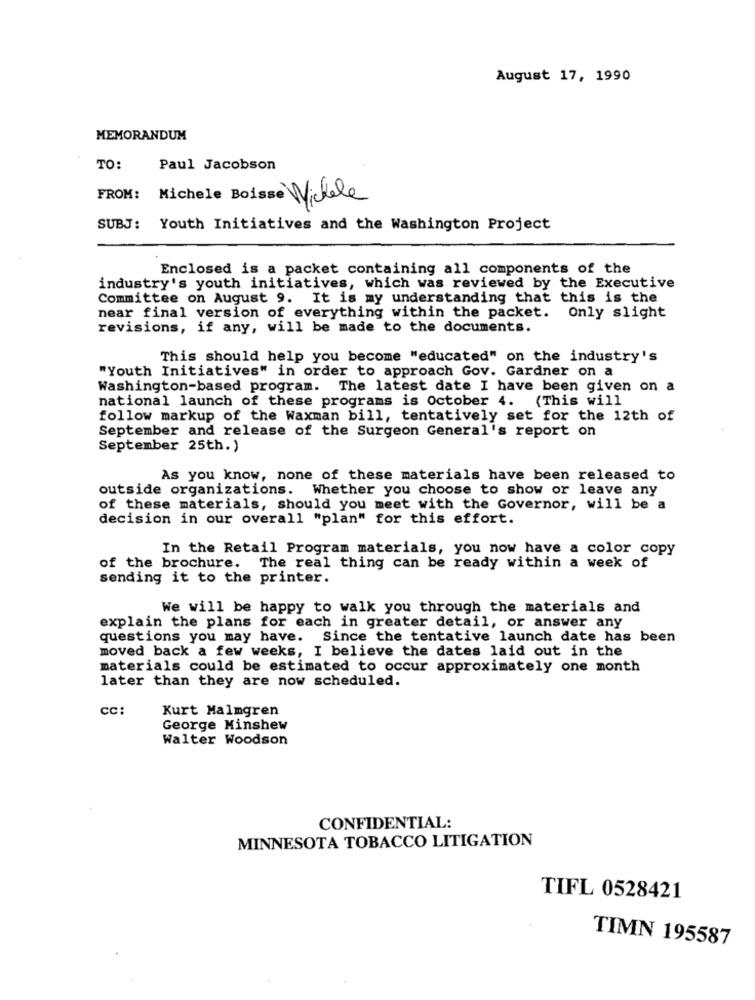
August 17, 1990
MEMORANDUM
TO:
Paul Jacobson
FROM: Michele Boisse Michele
SUBJ: Youth Initiatives and the Washington Project
Enclosed is a packet containing all components of the
industry's youth initiatives, which was reviewed by the Executive
Committee on August 9. It is my understanding that this is the
near final version of everything within the packet. Only slight
revisions, if any, will be made to the documents.
This should help you become "educated" on the industry's
"Youth Initiatives" in order to approach Gov. Gardner on a
Washington-based program. The latest date I have been given on a
national launch of these programs is October 4. (This will
follow markup of the Waxman bill, tentatively set for the 12th of
September and release of the Surgeon General's report on
September 25th.)
As you know, none of these materials have been released to
outside organizations. Whether you choose to show or leave any
of these materials, should you meet with the Governor, will be a
decision in our overall "plan" for this effort.
In the Retail Program materials, you now have a color copy
of the brochure. The real thing can be ready within a week of
sending it to the printer.
We will be happy to walk you through the materials and
explain the plans for each in greater detail, or answer any
questions you may have. Since the tentative launch date has been
moved back a few weeks, I believe the dates laid out in the
materials could be estimated to occur approximately one month
later than they are now scheduled.
cc:
Kurt Malmgren
George Minshew
Walter Woodson
CONFIDENTIAL:
MINNESOTA TOBACCO LITIGATION
TIFL 0528421
TIMN 195587